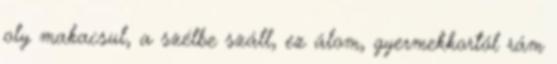
oly makacsul, a szélbe száll, ez álom, gyermekkortól rám